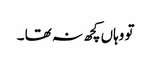
تو وہاں کچھ نہ تھا ۔